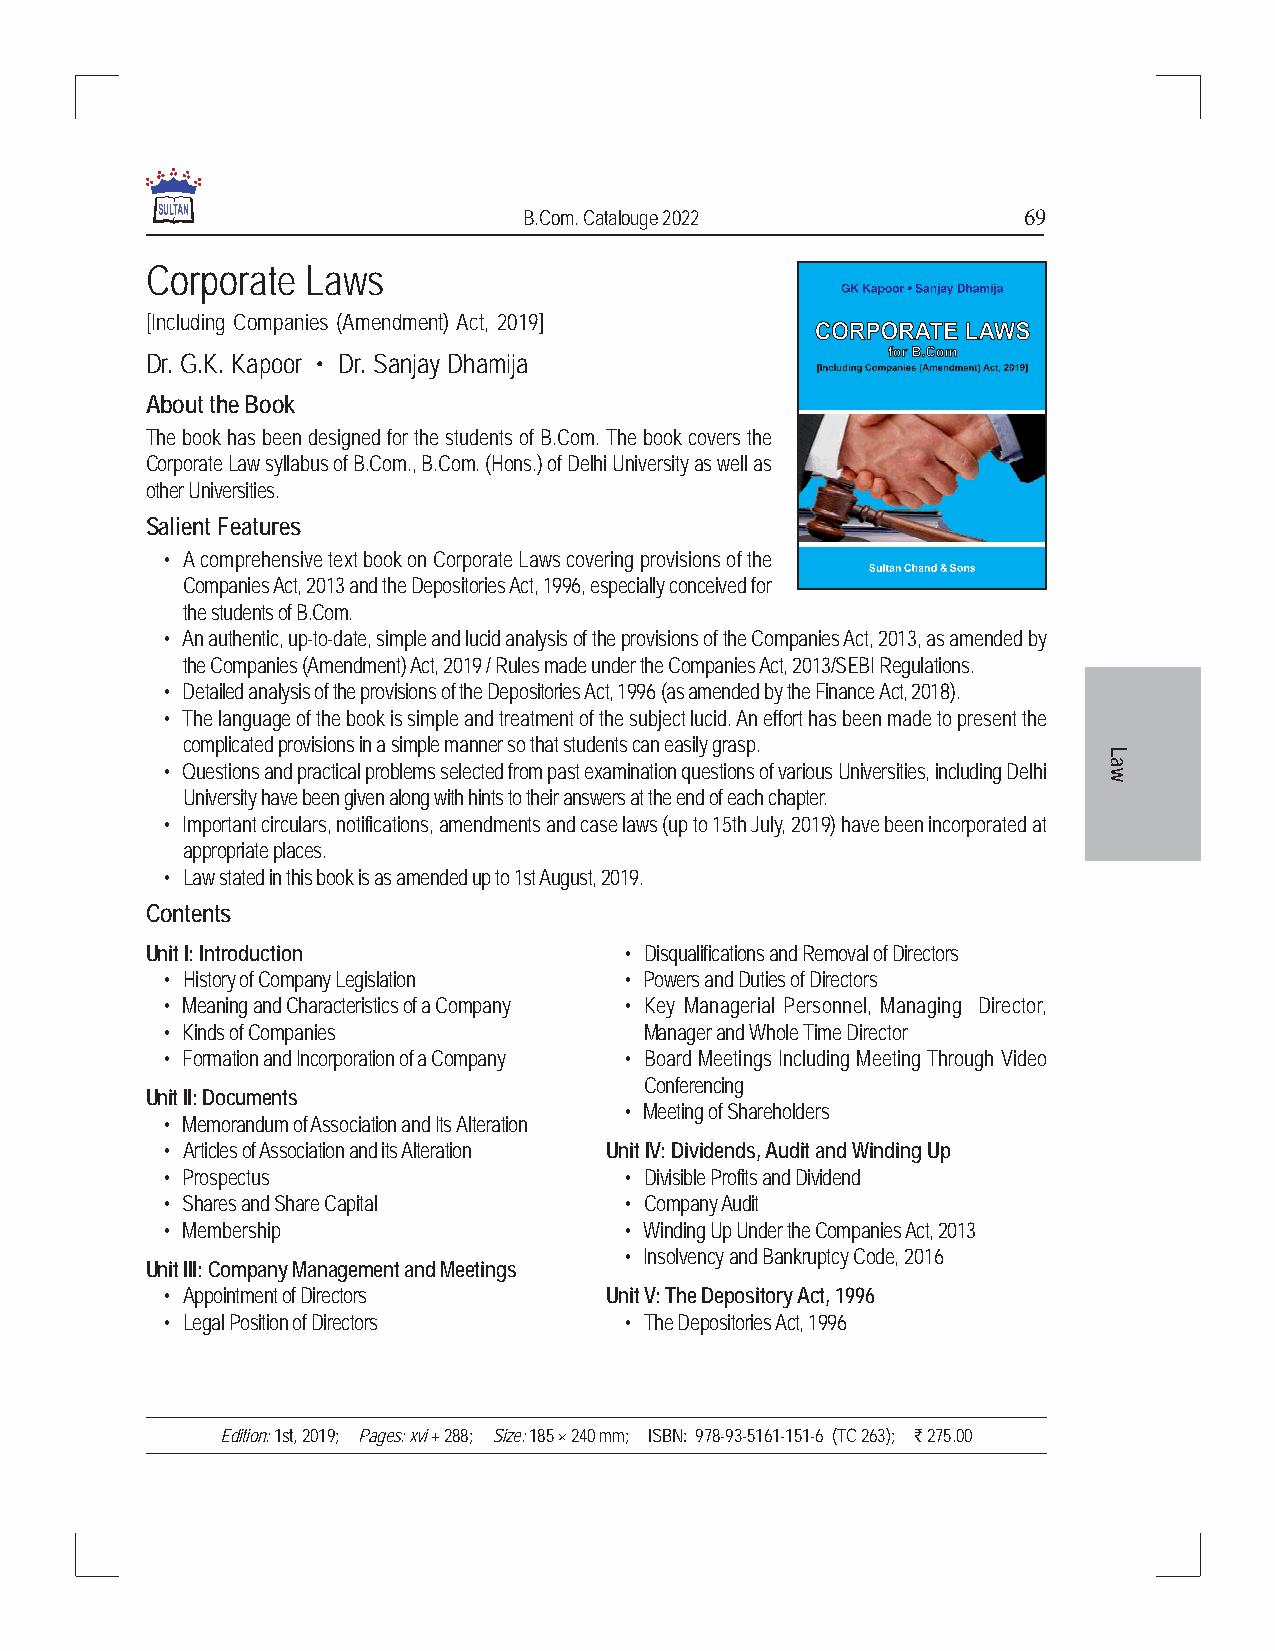
B.Com. Catalouge 2022            69
 Corporate Laws
 [Including Companies (Amendment) Act, 2019]
 Dr. G.K. Kapoor • Dr. Sanjay Dhamija
 About the Book
 The book has been designed for the students of B.Com. The book covers the
 Corporate Law syllabus of B.Com., B.Com. (Hons.) of Delhi University as well as
 other Universities.
 Salient Features
 • A comprehensive text book on Corporate Laws covering provisions of the
 Companies Act, 2013 and the Depositories Act, 1996, especially conceived for
 the students of B.Com.
 • An authentic, up-to-date, simple and lucid analysis of the provisions of the Companies Act, 2013, as amended by
 the Companies (Amendment) Act, 2019 / Rules made under the Companies Act, 2013/SEBI Regulations.
 • Detailed analysis of the provisions of the Depositories Act, 1996 (as amended by the Finance Act, 2018).
 • The language of the book is simple and treatment of the subject lucid. An effort has been made to present the
 complicated provisions in a simple manner so that students can easily grasp.
 L
 • Questions and practical problems selected from past examination questions of various Universities, including Delhi a
 w
 University have been given along with hints to their answers at the end of each chapter.
 • Important circulars, notifications, amendments and case laws (up to 15th July, 2019) have been incorporated at
 appropriate places.
 • Law stated in this book is as amended up to 1st August, 2019.
 Contents
 Unit I: Introduction           • Disqualifications and Removal of Directors
 • History of Company Legislation • Powers and Duties of Directors
 • Meaning and Characteristics of a Company • Key Managerial Personnel, Managing Director,
 • Kinds of Companies            Manager and Whole Time Director
 • Formation and Incorporation of a Company • Board Meetings Including Meeting Through Video
 Conferencing
 Unit II: Documents
 • Meeting of Shareholders
 • Memorandum of Association and Its Alteration
 • Articles of Association and its Alteration Unit IV: Dividends, Audit and Winding Up
 • Prospectus                  • Divisible Profits and Dividend
 • Shares and Share Capital    • Company Audit
 • Membership                  • Winding Up Under the Companies Act, 2013
 • Insolvency and Bankruptcy Code, 2016
 Unit III: Company Management and Meetings
 • Appointment of Directors   Unit V: The Depository Act, 1996
 • Legal Position of Directors • The Depositories Act, 1996
 Edition: 1st, 2019; Pages: xvi + 288; Size: 185 × 240 mm; ISBN: 978-93-5161-151-6 (TC 263); ` 275.00